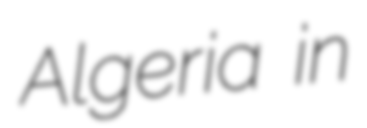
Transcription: Algeria in